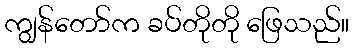
ကျွန်တော်က ခပ်တိုတို ဖြေသည်။